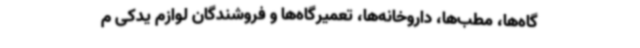
گاه‌ها، مطب‌ها، داروخانه‌ها، تعمیرگاه‌ها و فروشندگان لوازم یدکی م